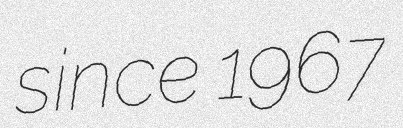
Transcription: since 1967